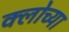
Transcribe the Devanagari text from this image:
क्लोच्या